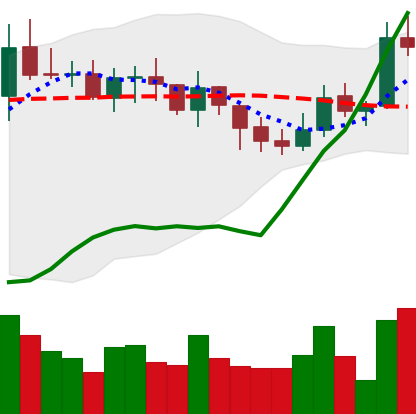
Ticker: XMR-USD
Chart end date: 2021-10-25
Forward return: -8.33%
Label: down_7plus